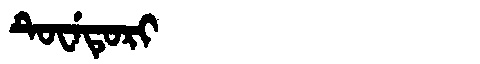
Manchu: ᡨᡠᠸᡝᡨᡠᡵᡳ
Romanization: TUWETURI